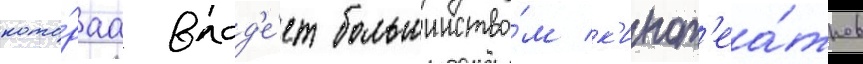
кото́раа влад'е́ет большинство́м к'инот'еа́тров